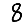
Digit: 8